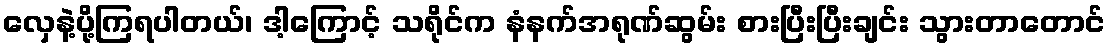
လှေနဲ့ပို့ကြရပါတယ်၊ ဒါ့ကြောင့် သရိုင်က နံနက်အရုဏ်ဆွမ်း စားပြီးပြီးချင်း သွားတာတောင်